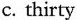
c. thirty